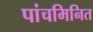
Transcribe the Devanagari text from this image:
पांचमिनित